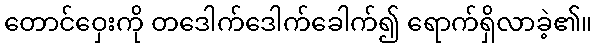
တောင်ဝှေးကို တဒေါက်ဒေါက်ခေါက်၍ ရောက်ရှိလာခဲ့၏။